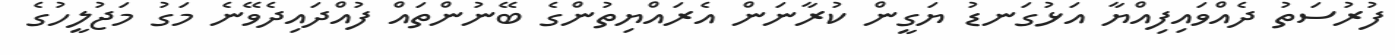
ފުރުސަތު ދެއްވައިފިއްޔާ އަޅުގަނޑު ޔަގީން ކުރާނަން އެރައްޔިތުންގެ ބޭނުންތައް ފުއްދައިދެވޭނެ މަގު މަޖުލީހުގެ